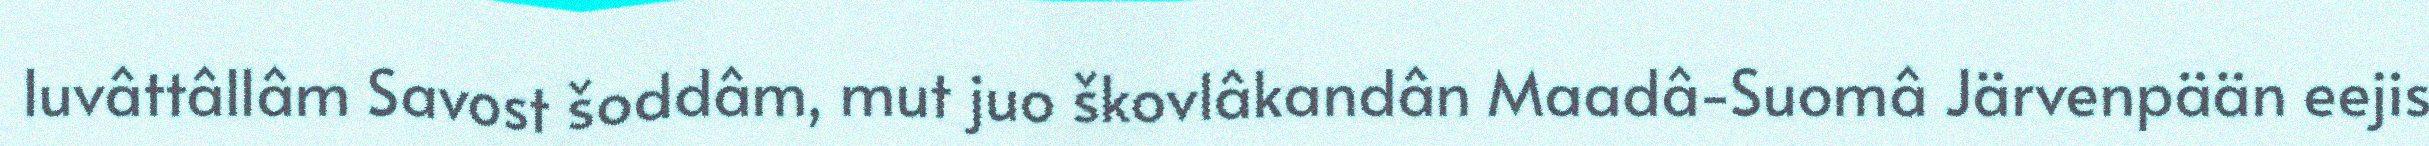
luvâttâllâm Savost šoddâm, mut juo škovlâkandân Maadâ-Suomâ Järvenpään eejis